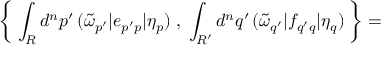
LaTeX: \left\{ \; \int _ { \cal R } d ^ { n } p ^ { \prime } \, ( \tilde { \omega } _ { p ^ { \prime } } | e _ { p ^ { \prime } p } | \eta _ { p } ) \; , \; \int _ { \cal R ^ { \prime } } d ^ { n } q ^ { \prime } \, ( \tilde { \omega } _ { q ^ { \prime } } | f _ { q ^ { \prime } q } | \eta _ { q } ) \; \right\} =